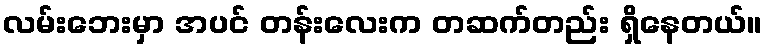
လမ်းဘေးမှာ အပင် တန်းလေးက တဆက်တည်း ရှိနေတယ်။